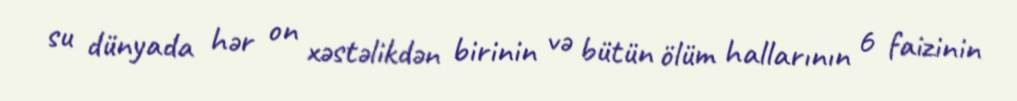
su dünyada hər on xəstəlikdən birinin və bütün ölüm hallarının 6 faizinin